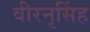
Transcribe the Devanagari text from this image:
वीरनृसिंह